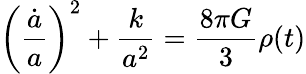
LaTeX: \biggl({\frac{\dot{a}}{a}}\biggr)^{2}+{\frac{k}{a^{2}}}={\frac{8\pi G}{3}}\rho(t)